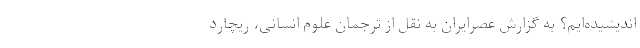
اندیشیده‌ایم؟ به گزارش عصرایران به نقل از ترجمان علوم انسانی، ریچارد